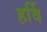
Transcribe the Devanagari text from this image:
हर्वि